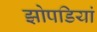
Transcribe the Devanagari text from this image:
झोपडियां